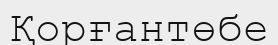
Қорғантөбе